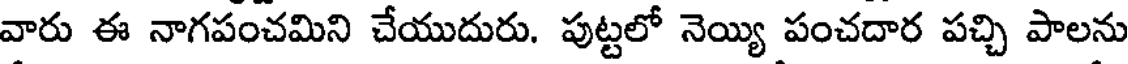
వారు ఈ నాగపంచమిని చేయుదురు. పుట్టలో నెయ్యి పంచదార పచ్చి పాలను